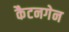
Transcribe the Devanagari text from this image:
कैटनगेन